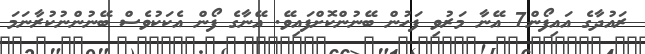
ރައުދާގެ އައިފޯން7 އޭނާ މަރުވި ފަހުން ބޭނުންކޮށްފައިވޭ. އޭނާގެ ފޯން އެކަކުވެސް ބޭނުންނުކުރާނަމަ